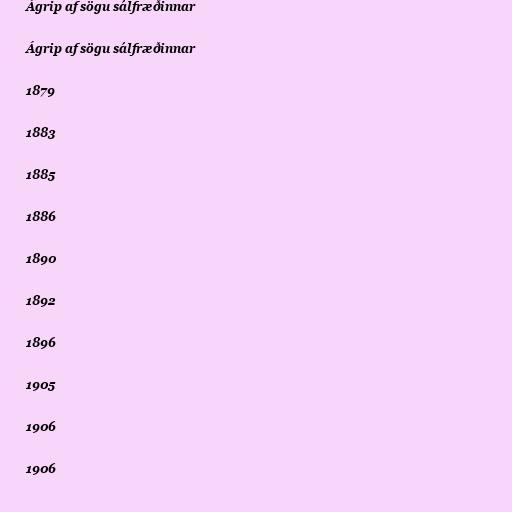
Ágrip af sögu sálfræðinnar

Ágrip af sögu sálfræðinnar

1879

1883

1885

1886

1890

1892

1896

1905

1906

1906